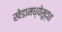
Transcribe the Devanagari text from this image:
खेडामध्येसुद्धा